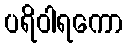
ပရိဝါရကော